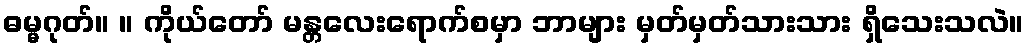
ဓမ္မဂုတ်။ ။ ကိုယ်တော် မန္တလေးရောက်စမှာ ဘာများ မှတ်မှတ်သားသား ရှိသေးသလဲ။